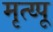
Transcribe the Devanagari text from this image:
मृत्य्पू